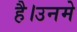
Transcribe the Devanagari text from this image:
है।उनमे